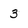
Character: 3